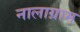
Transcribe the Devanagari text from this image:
नालाग्राम